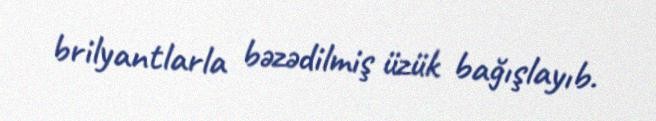
brilyantlarla bəzədilmiş üzük bağışlayıb.